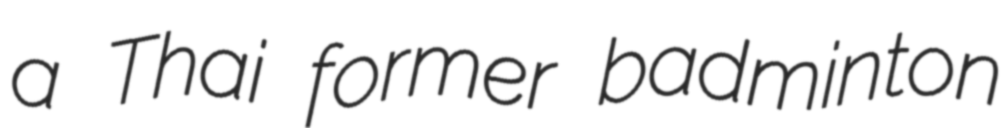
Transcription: a Thai former badminton